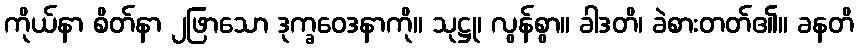
ကိုယ်နာ စိတ်နာ ၂ဖြာသော ဒုက္ခဝေဒနာကို။ သုဋ္ဌု၊ လွန်စွာ။ ခါဒတိ၊ ခဲစားတတ်၏။ ခနတိ